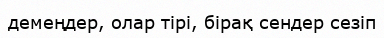
демеңдер, олар тірі, бірақ сендер сезіп